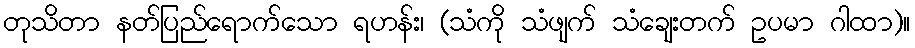
တုသိတာ နတ်ပြည်ရောက်သော ရဟန်း၊ (သံကို သံဖျက် သံချေးတက် ဥပမာ ဂါထာ)။